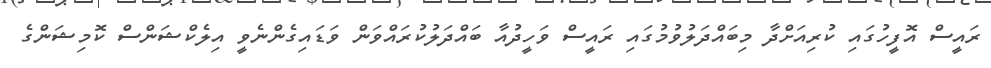
ރައީސް އޮފީހުގައި ކުރިއަށްދާ މިބައްދަލުވުމުގައި ރައީސް ވަހީދުއާ ބައްދަލުކުރައްވަން ވަޑައިގެންނެވީ އިލެކްޝަންސް ކޮމިޝަންގެ